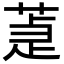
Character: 𦵉